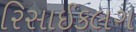
રિસાઈકલગ